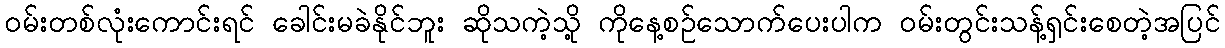
ဝမ်းတစ်လုံးကောင်းရင် ခေါင်းမခဲနိုင်ဘူး ဆိုသကဲ့သို့ ကိုနေ့စဉ်သောက်ပေးပါက ဝမ်းတွင်းသန့်ရှင်းစေတဲ့အပြင်